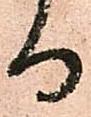
る